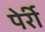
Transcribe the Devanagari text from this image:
पेर्री